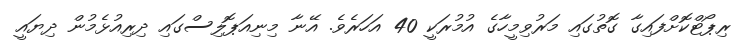
ރިޕޯޓްކޮށްފައިގާ ގޮތުގައި މަރުވިމީހާގެ އުމުރަކީ 40 އަހަރެވެ. އޭނާ މިނިއަޕޮލިސްގައި ދިރިއުޅެމުން ދިޔައީ